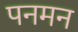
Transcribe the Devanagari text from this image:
पनमन